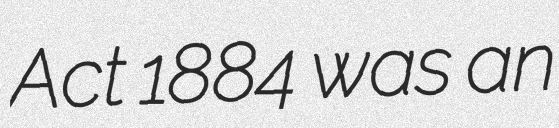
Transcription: Act 1884 was an